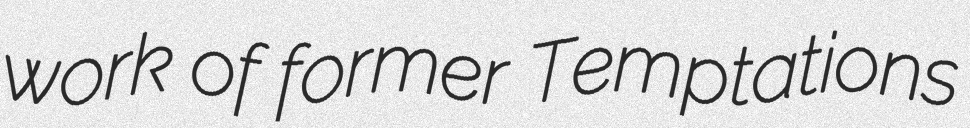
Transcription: work of former Temptations